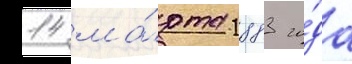
14 ма́рта 1883 го́да